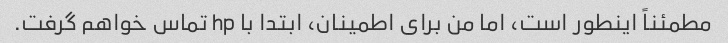
مطمئناً اینطور است، اما من برای اطمینان، ابتدا با hp تماس خواهم گرفت.